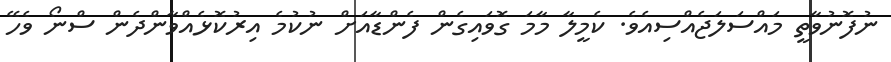
ނުފޮނުވާތީ މައްސަލަޖެއްސިއެވެ. ކެމީލާ މާމަ ގޮވައިގެން ފެންޑާއަށް ނުކުމެ އިރުކޮޅެއްވާންދެން ސްނޯ ވެހޭ